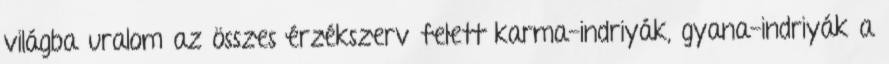
világba uralom az összes érzékszerv felett karma-indriyák, gyana-indriyák a